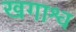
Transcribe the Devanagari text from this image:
खगाश्व